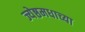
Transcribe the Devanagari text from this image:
ज्येष्ठमधाच्या